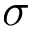
\sigma